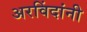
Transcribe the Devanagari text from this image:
अरविंदांनी